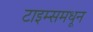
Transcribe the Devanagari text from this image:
टाइम्समधून